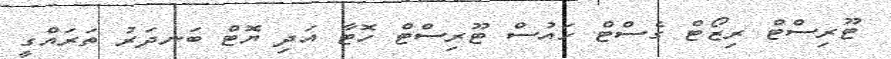
ޓޫރިސްޓް ރިޒޯޓް ގެސްޓް ހައުސް ޓޫރިސްޓް ހޮޓާ އަދި ޔޮޓް ބަނދަރު ތަރައްގީ